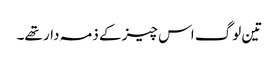
تین لوگ اس چیز کے ذمہ دار تھے۔